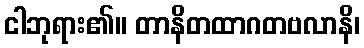
ငါဘုရား၏။ တာနိတထာဂတဗလာနိ၊